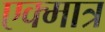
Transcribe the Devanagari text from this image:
एक्मात्र